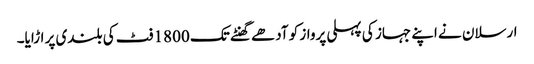
ارسلان نے اپنے جہاز کی پہلی پرواز کو آدھے گھنٹے تک 1800 فٹ کی بلندی پر اڑایا۔